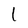
Character: l